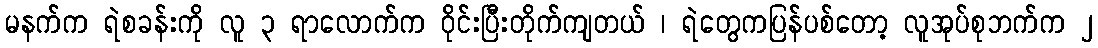
မနက်က ရဲစခန်းကို လူ ၃ ရာလောက်က ဝိုင်းပြီးတိုက်ကျတယ် ၊ ရဲတွေကပြန်ပစ်တော့ လူအုပ်စုဘက်က ၂